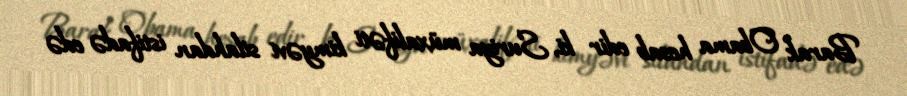
Barak Obama hesab edir ki, Suriya müxalifəti kimyəvi silahdan istifadə edə